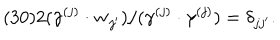
LaTeX: ( 3 0 ) 2 ( \gamma ^ { ( j ) } \cdot { \bf w } _ { j ^ { \prime } } ) / ( \gamma ^ { ( j ) } \cdot \gamma ^ { ( j ) } ) = \delta _ { j j ^ { \prime } } .